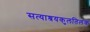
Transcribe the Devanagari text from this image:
सत्याश्रयकुलतिलक